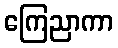
ကြေညာကာ